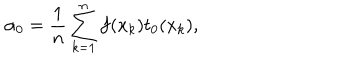
\alpha _ { 0 } = \frac { 1 } { n } \sum _ { k = 1 } ^ { n } f ( x _ { k } ) t _ { 0 } ( x _ { k } ) ,